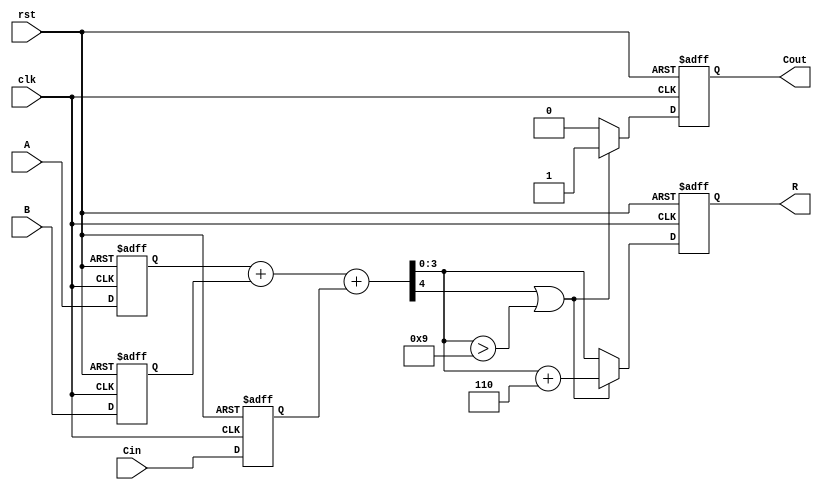
module bcd_pipelined_adder (
    input clk,
    input rst,
    input [3:0] A,      // BCD input A
    input [3:0] B,      // BCD input B
    input Cin,          // Carry input
    output reg [3:0] R, // BCD result output
    output reg Cout     // Carry output for BCD addition
);

    // Intermediate wires
    wire [4:0] S;       // 5-bit result of A + B + Cin
    wire [4:0] corrected_S; // Corrected output after BCD adjustment
    wire correction_needed;

    // Stage 1: Input Stage
    reg [3:0] A_reg, B_reg;
    reg Cin_reg;

    always @(posedge clk or posedge rst) 
    begin
        if (rst) begin
            A_reg <= 4'b0000;
            B_reg <= 4'b0000;
            Cin_reg <= 1'b0;
        end else begin
            A_reg <= A;
            B_reg <= B;
            Cin_reg <= Cin;
        end
    end

    // Stage 2: Adder Stage
    assign S = A_reg + B_reg + Cin_reg;

    // Stage 3: BCD Correction Logic
    assign correction_needed = S[4] | (S[3:0] > 4'b1001);
    assign corrected_S = S + 5'b00110; // Add 6 (0110) if correction is needed

    // Stage 4: Output Stage
    always @(posedge clk or posedge rst) 
    begin
        if (rst) begin
            R <= 4'b0000;
            Cout <= 1'b0;
        end else begin
            if (correction_needed) begin
                R <= corrected_S[3:0]; // Assign the corrected sum
                Cout <= 1'b1;           // Set carry output indicating overflow
            end else begin
                R <= S[3:0];            // Assign the direct sum
                Cout <= 1'b0;           // No overflow
            end
        end
    end

endmodule